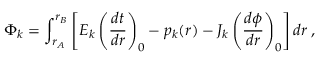
\Phi _ { k } = \int _ { r _ { A } } ^ { r _ { B } } \left[ E _ { k } \left( \frac { d t } { d r } \right) _ { 0 } - p _ { k } ( r ) - J _ { k } \left( \frac { d \phi } { d r } \right) _ { 0 } \right] d r \; ,